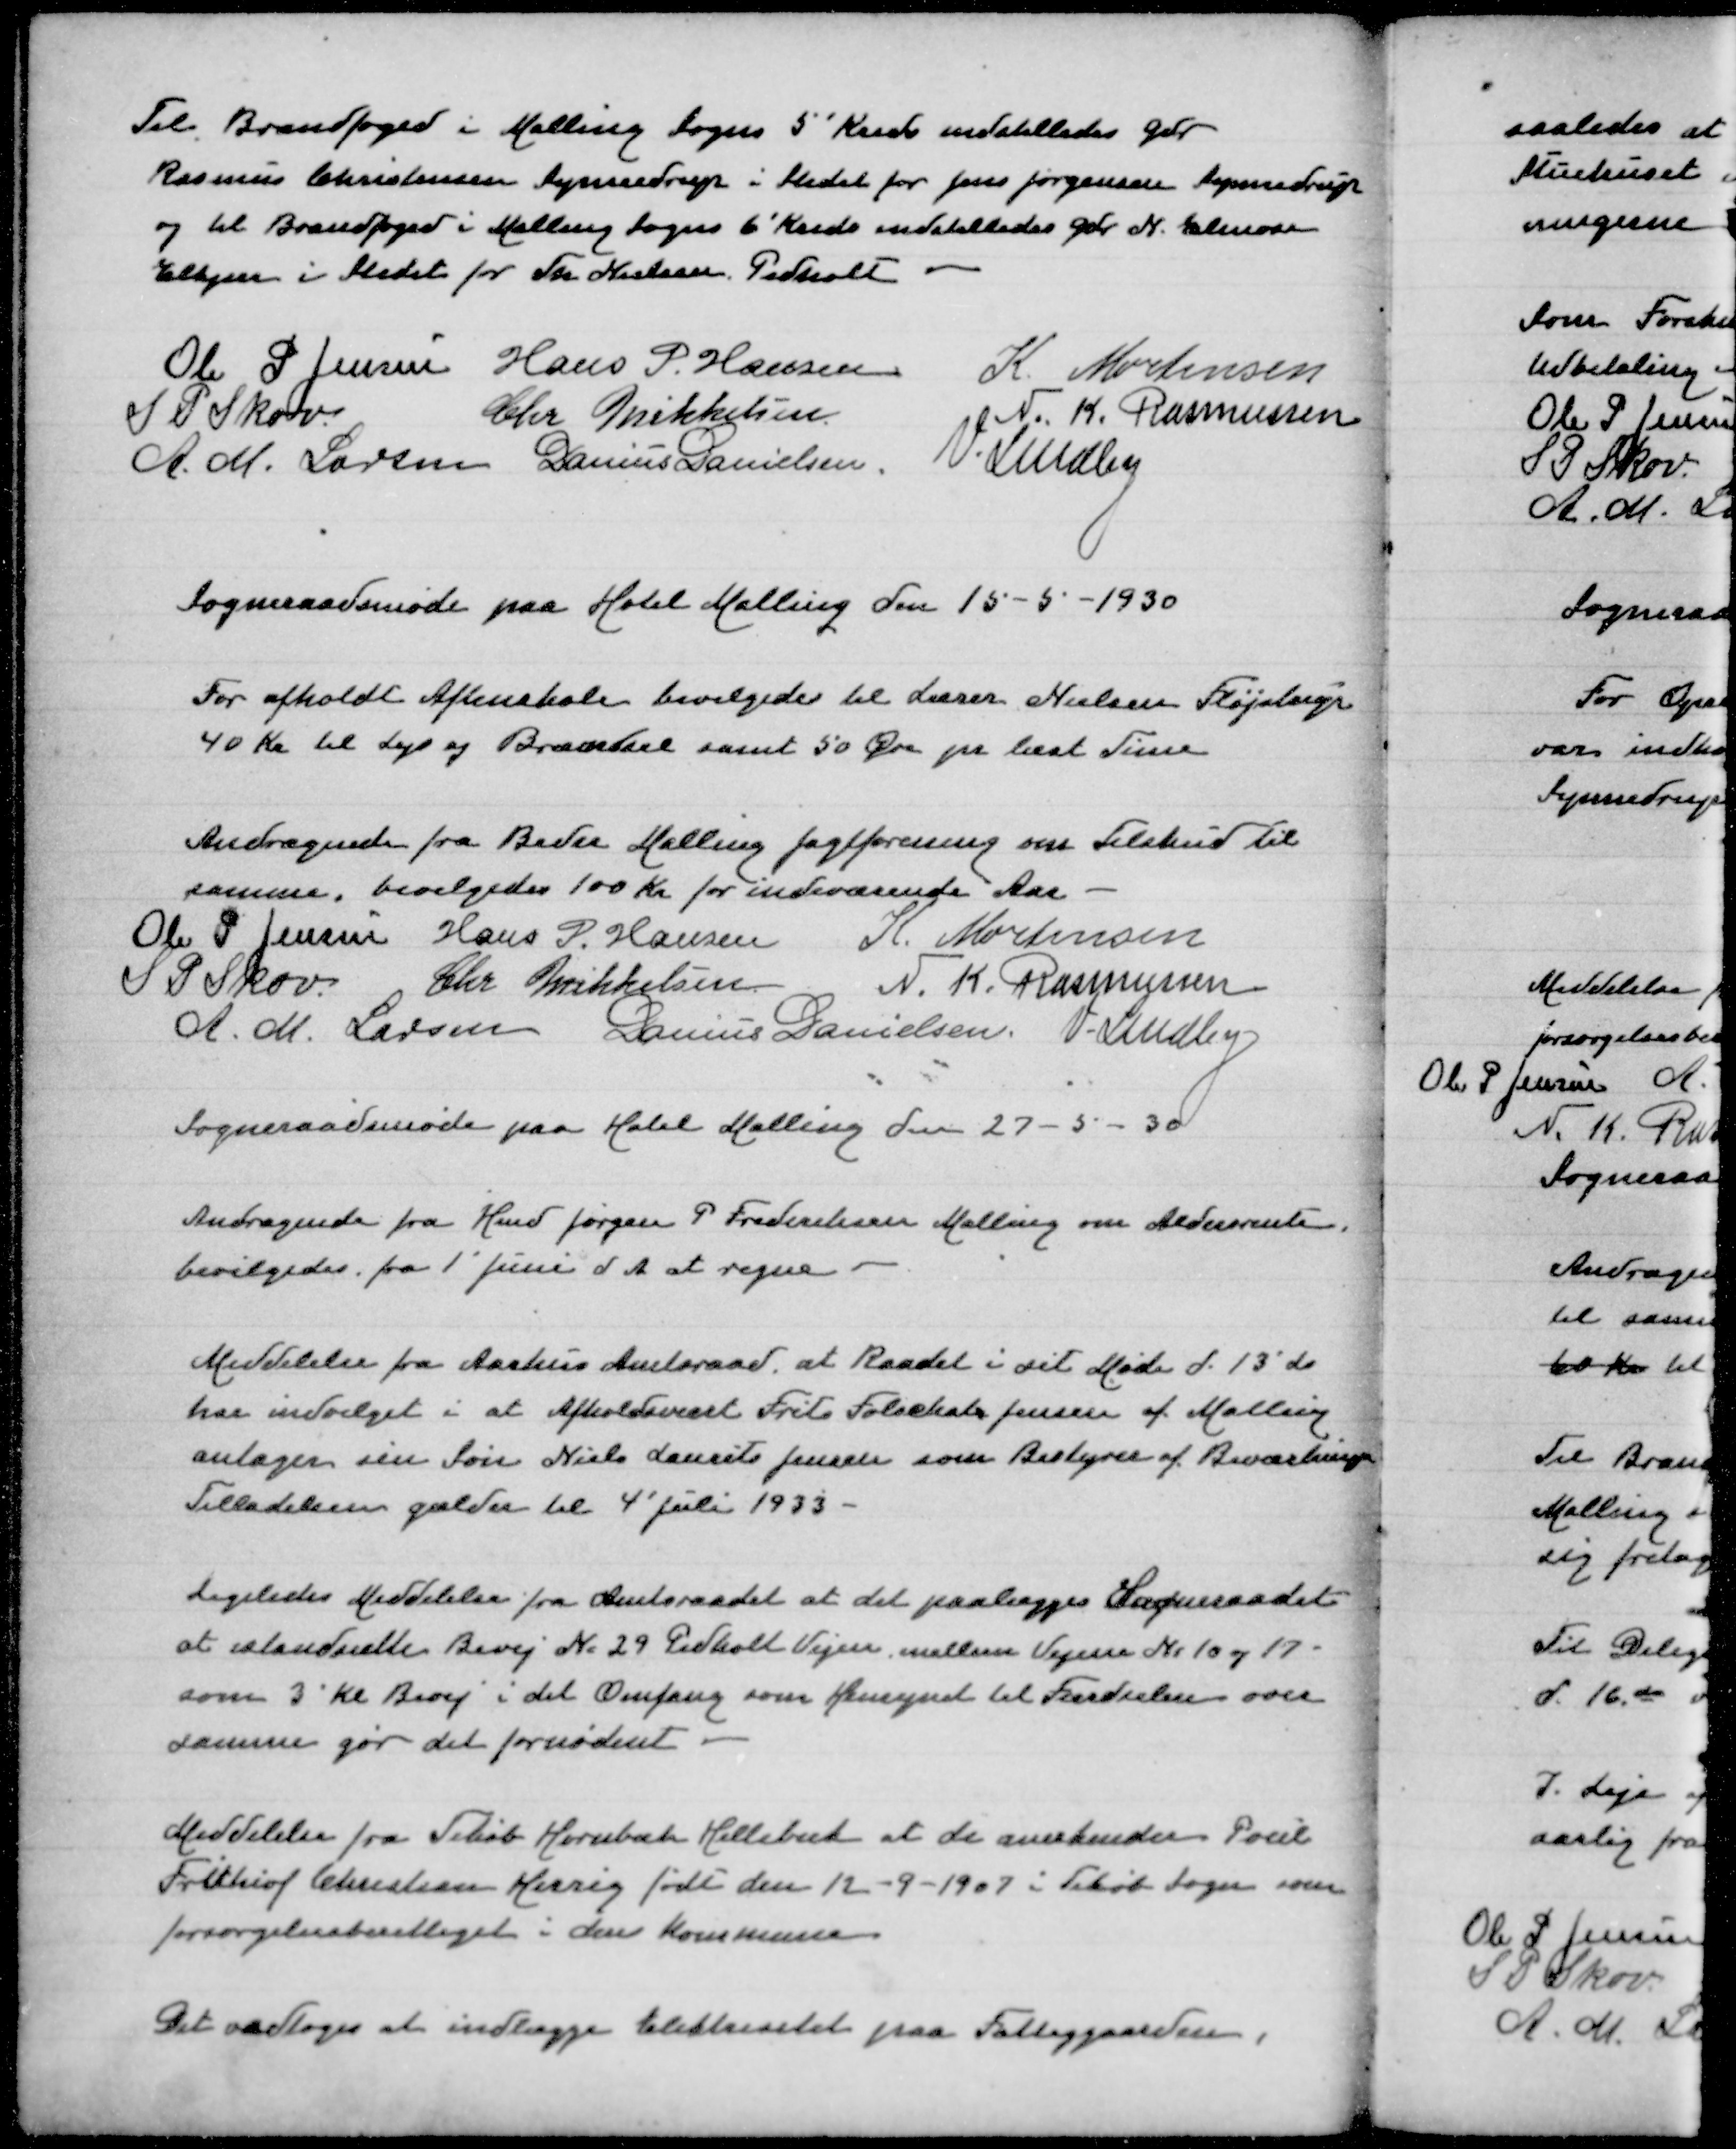
Transskription:
Til Brandfoged i Malling Sogns 5' Kreds indstilledes Gdr
Rasmus Christensen Synnedrup i Stedet for Jens Jørgensen Synnedrup
og til Brandfoged i Malling Sogns 6' Kreds indstilledes Gdr N Elmose
Elkjær i Stedet for Th Nielsen Pedholt

Ole P Jensen
Hans P Hansen
K Mortensen
S P Skov
Chr Mikkelsen
N K Rasmussen
A M Larsen
Danius Danielsen
V Lindby

Sogneraadsmøde paa Hotel Malling den 15-5-1930

For afholdt Aftenskole bevilgedes Lærer Nielsen Fløjstrup
40 Kr til Lys og Brændsel samt 50 Øre pr læst Time

Andragende fra Beder Malling Jagtforening om Tilskud til
samme, bevilgedes 100 Kr for indeværende Aar
Ole P Jensen
Hans P Hansen
K Mortensen
S P Skov
Chr Mikkelsen
N K Rasmussen
A M Larsen
Danius Danielsen
V Lindby
Sogneraadsmøde paa Hotel Malling den 27-5-30

Andragende fra Hmd Jøren P Frederiksen Malling om Aldersrente
bevilgedes fra 1' Juni d A at regne

Meddelelse fra Aarhus Amtsraad, at Raadet i sit Møde d 13 ds
har indvilget i at Afholdsvært Frits Folschak Jensen af Malling
antager sin Søn Niels Laurits Jensen som Bestyrer af Beværtningen
Tilladelsen gælder til 4 Juli 1933

Ligeledes Meddelelse fra Amtsraadet at det paalægger Sogneraadet
at istandsætte Bivej Nr 29 Pedholt Vejen mellem Vejene Nr 10 og 17
som 3' Kl Bivej i det Omfang som Hensynet til Færdslen over
samme gør det fornødent

Meddelelse fra Tikøb Hornbæk Hellebæk at de anerkender Poul
Frithiof Christensen Herrig født den 12-9-1907 i Tikøb Sogn som
forsørgelsesberettiget i deres Kommune

Det vedtoges at indlægge Elektricitet paa Fattiggaarden